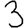
Digit: 3